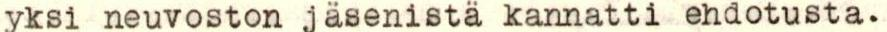
yksi neuvoston jäsenistä kannatti ehdotusta.